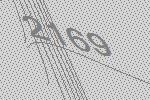
2169